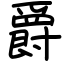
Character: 爵